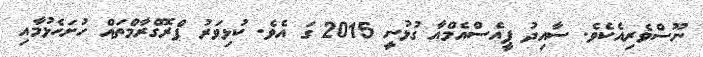
ނޫސްވެރިއެކެވެ. ސާއިދު ޕީއެސްއެމްއާ ގުޅުނީ 2015 ގަ އެވެ. ކުޅިވަރު ޕްރޮގްރާމްތައް ހުށަހެޅުމާއި